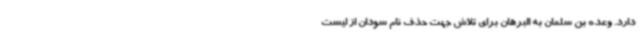
دارد. وعده بن سلمان به البرهان برای تلاش جهت حذف نام سودان از لیست